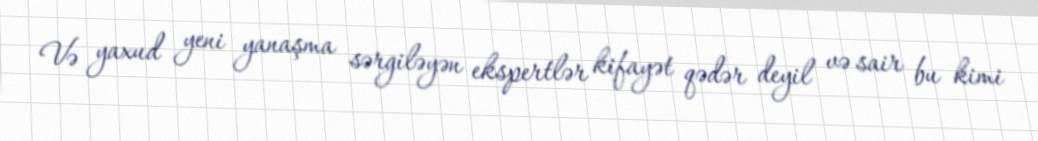
Və yaxud yeni yanaşma sərgiləyən ekspertlər kifayət qədər deyil və sair bu kimi